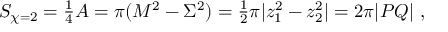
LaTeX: S _ { \chi = 2 } = { \textstyle \frac { 1 } { 4 } } A = \pi ( M ^ { 2 } - \Sigma ^ { 2 } ) = { \textstyle \frac { 1 } { 2 } } \pi | z _ { 1 } ^ { 2 } - z _ { 2 } ^ { 2 } | = 2 \pi | P Q | \ ,